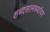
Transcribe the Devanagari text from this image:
शब्दसामर्थ्यावर